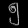
Digit: ၅